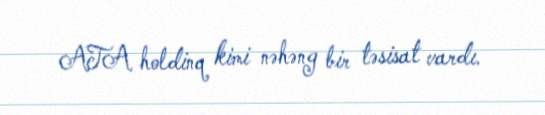
ATA holdinq kimi nəhəng bir təsisat vardı.